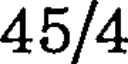
45/4